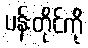
ပန်းတိုင်ကို